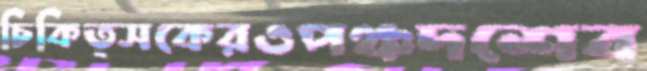
চিকিত্সকেরওপঞ্চদশেব